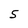
Character: 5